65_HS1-834228961_62-HQ-83894_Section_5
Agency: FBI
Page 62
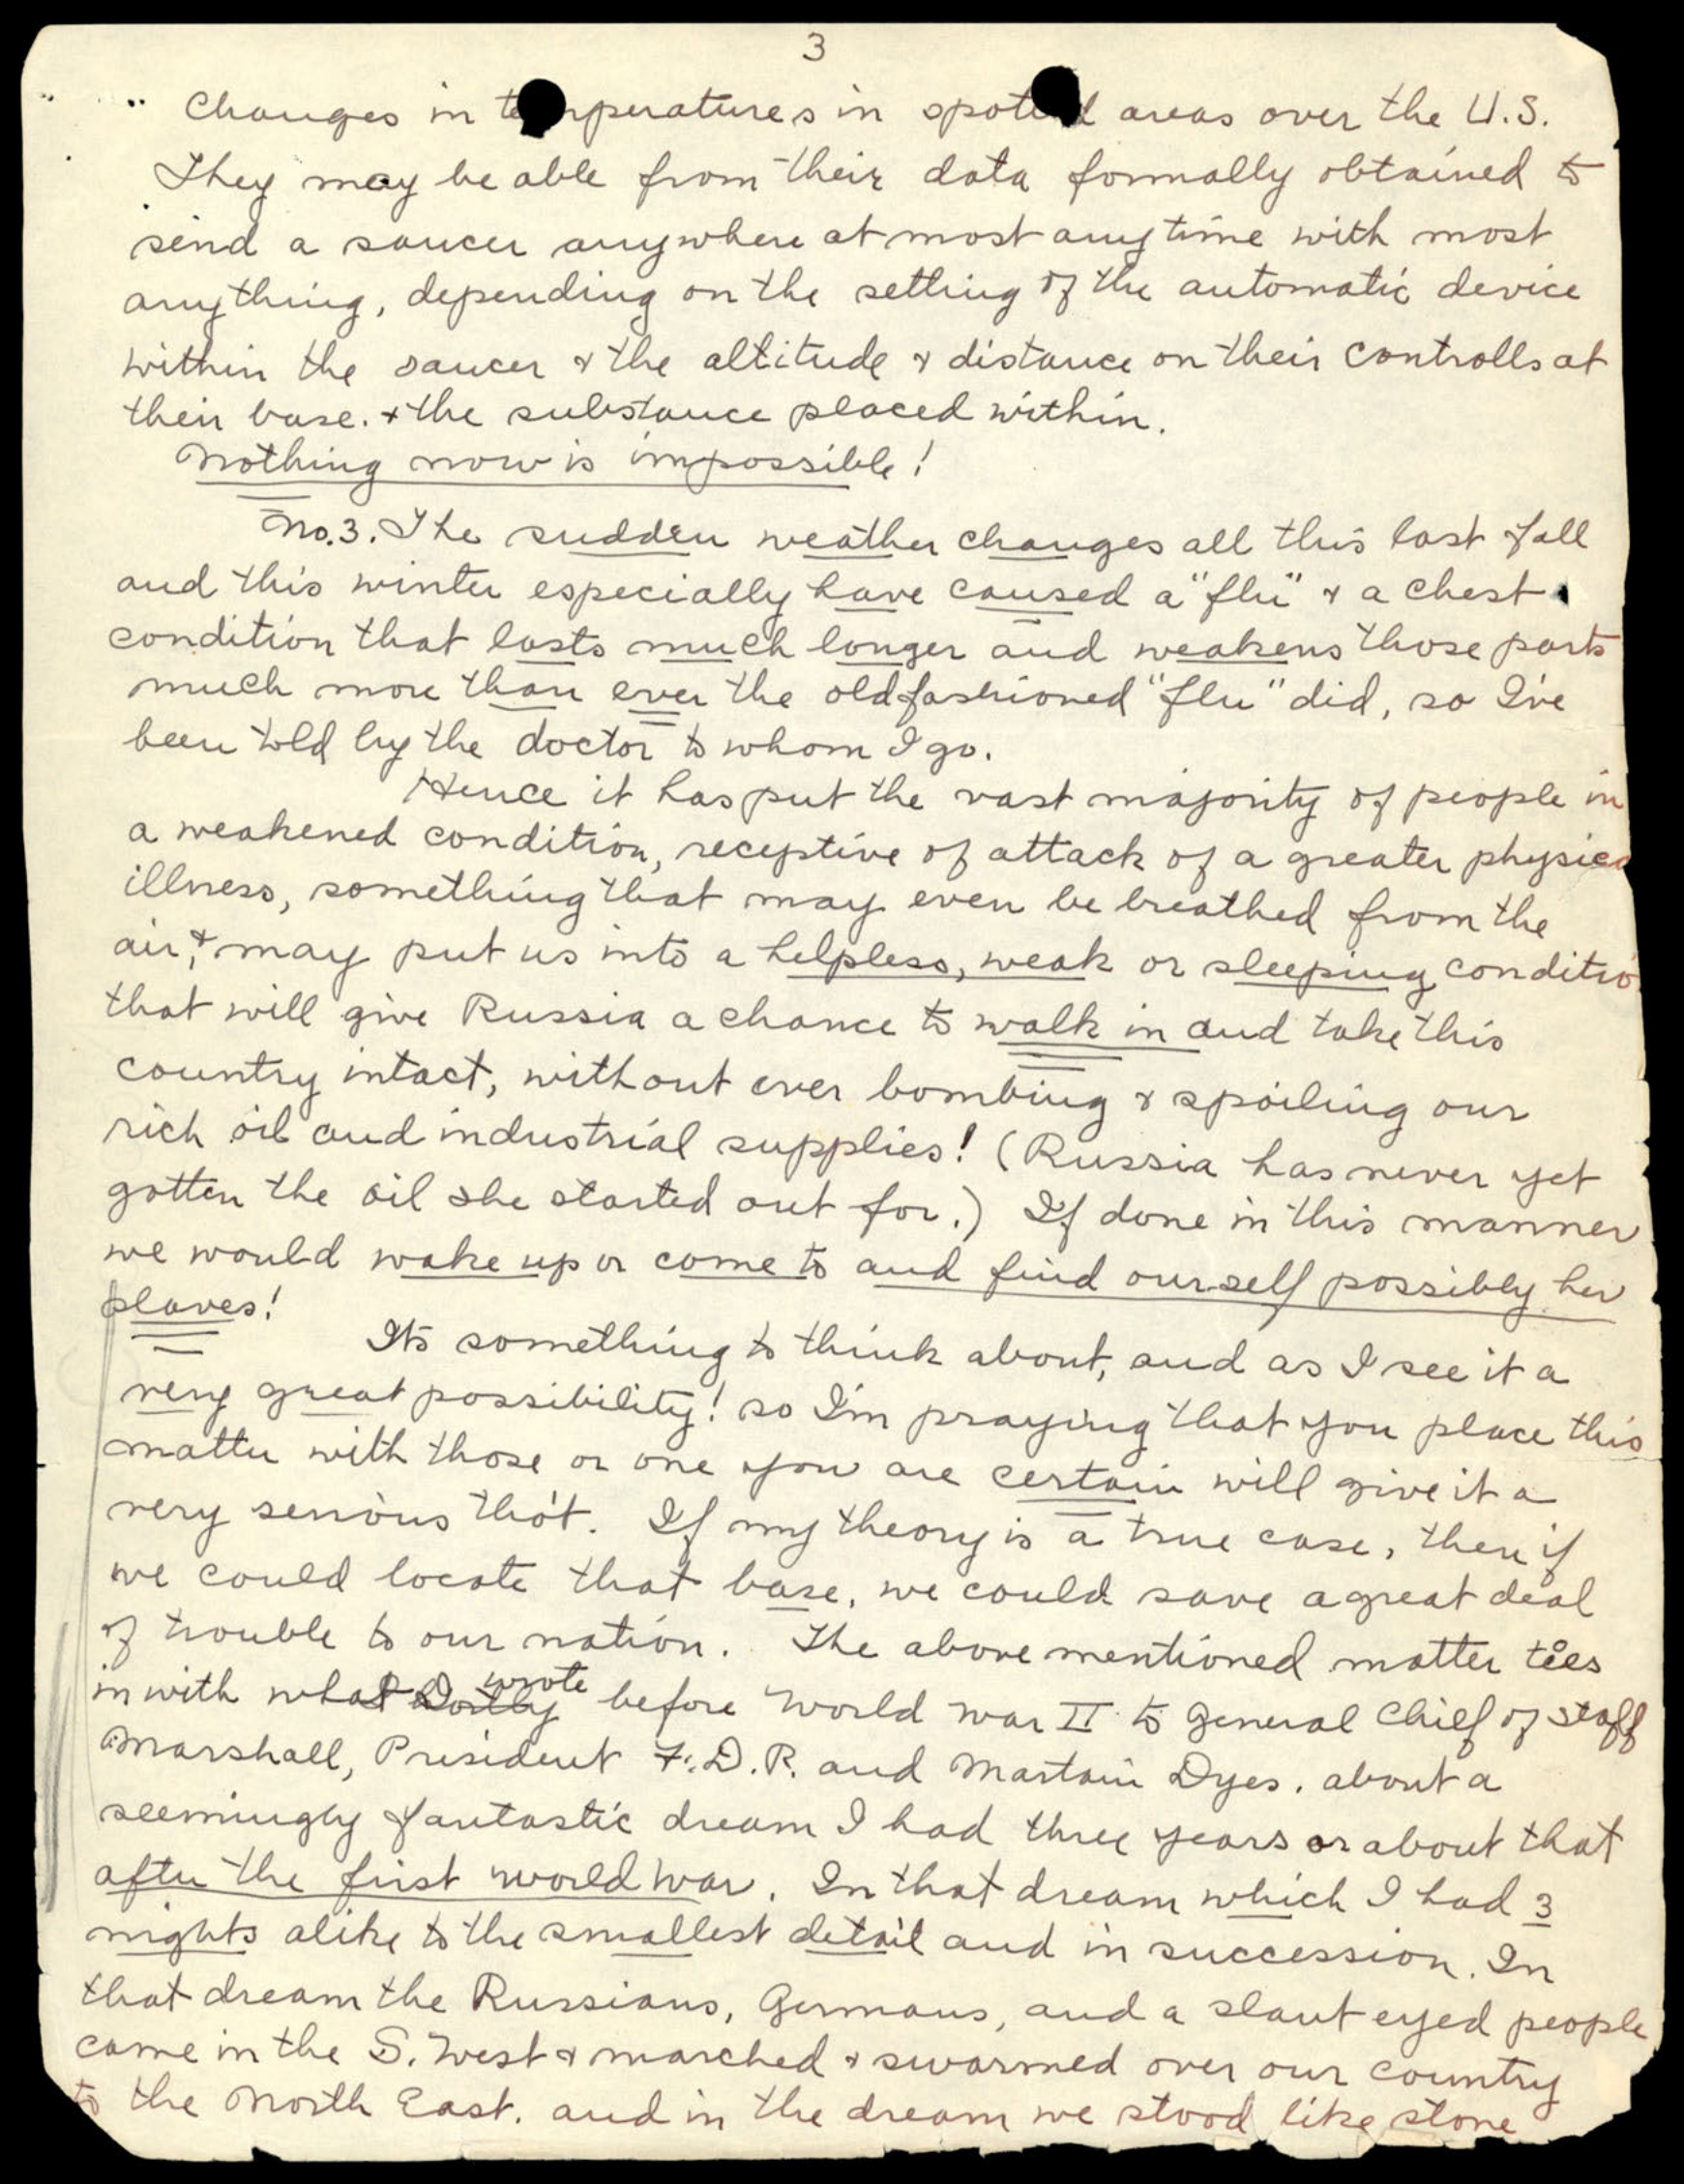